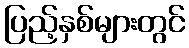
ပြည့်နှစ်များတွင်